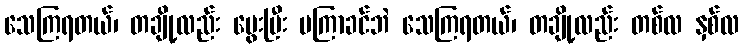
သေကြရတယ်၊ တချို့လည်း မွေးပြီး မကြာခင်ဘဲ သေကြရတယ်၊ တချို့လည်း တစ်လ နှစ်လ